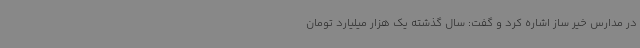
در مدارس خیر ساز اشاره کرد و گفت: سال گذشته یک هزار میلیارد تومان